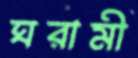
ঘরামী